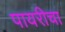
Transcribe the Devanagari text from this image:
पायरीचा